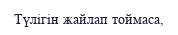
Түлігін жайлап тоймаса,